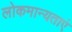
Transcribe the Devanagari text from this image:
लोकमान्यताएं